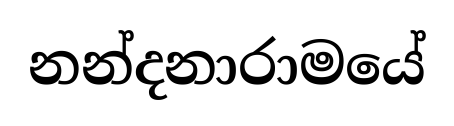
නන්දනාරාමයේ